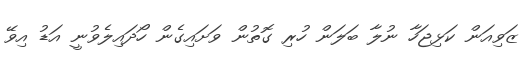
ޒަވިއަން ކަޅިޖަހާ ނުލާ ބަލަން ހުރި ގޮތުން ވަށައިގެން ހޯދައިލެވުނީ އަޑު އިވޭ